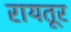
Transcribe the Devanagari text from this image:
रायतूर